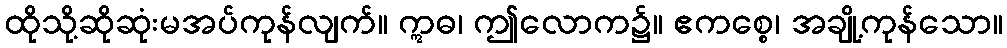
ထိုသို့ဆိုဆုံးမအပ်ကုန်လျက်။ ဣဓ၊ ဤလောက၌။ ဧကစ္စေ၊ အချို့ကုန်သော။